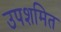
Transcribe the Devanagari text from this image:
उपशमित